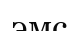
эмс